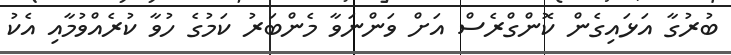
ބުރުގާ އަޅައިގެން ކޮންގްރެސް އަށް ވަންނަވާ މެންބަރު ކަމުގެ ހުވާ ކުރެއްވުމާއި އެކު